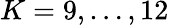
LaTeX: K=9,\ldots,12